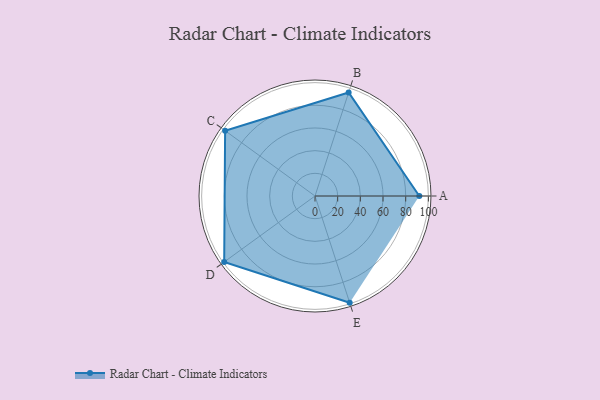
{"axis": {"x": "Skill", "y": "Score"}, "legend": ["Profile"], "data": [{"x": "A", "y": 92.0, "type": "Profile"}, {"x": "B", "y": 96.0, "type": "Profile"}, {"x": "C", "y": 98.0, "type": "Profile"}, {"x": "D", "y": 99, "type": "Profile"}, {"x": "E", "y": 99, "type": "Profile"}]}